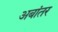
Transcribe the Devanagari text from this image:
अबांतर